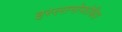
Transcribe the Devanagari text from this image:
इस्लामोफोबिया